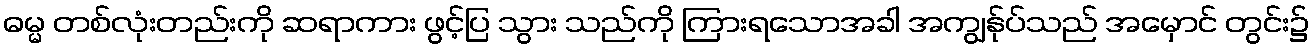
ဓမ္မ တစ်လုံးတည်းကို ဆရာကား ဖွင့်ပြ သွား သည်ကို ကြားရသောအခါ အကျွန်ုပ်သည် အမှောင် တွင်း၌